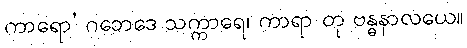
ကာရော’ ဂဘေဒေ သက္ကာရေ၊ ကာရာ တု ဗန္ဓနာလယေ။